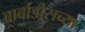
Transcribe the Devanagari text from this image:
बार्बाडोसच्या